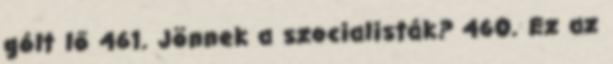
gólt lő 461. Jönnek a szocialisták? 460. Ez az